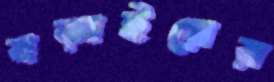
বড়াইয়ের